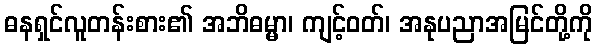
ဓနရှင်လူတန်းစား၏ အဘိဓမ္မာ၊ ကျင့်ဝတ်၊ အနုပညာအမြင်တို့ကို